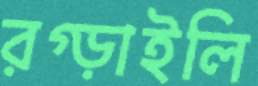
রগ্‌ড়াইলি